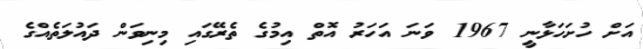
އަށް ހުށަހަޅާނީ 1967 ވަނަ އަހަރު އޮތް އިމުގެ ތެރޭގައި މިނިވަން ދައުލަތެއްގެ